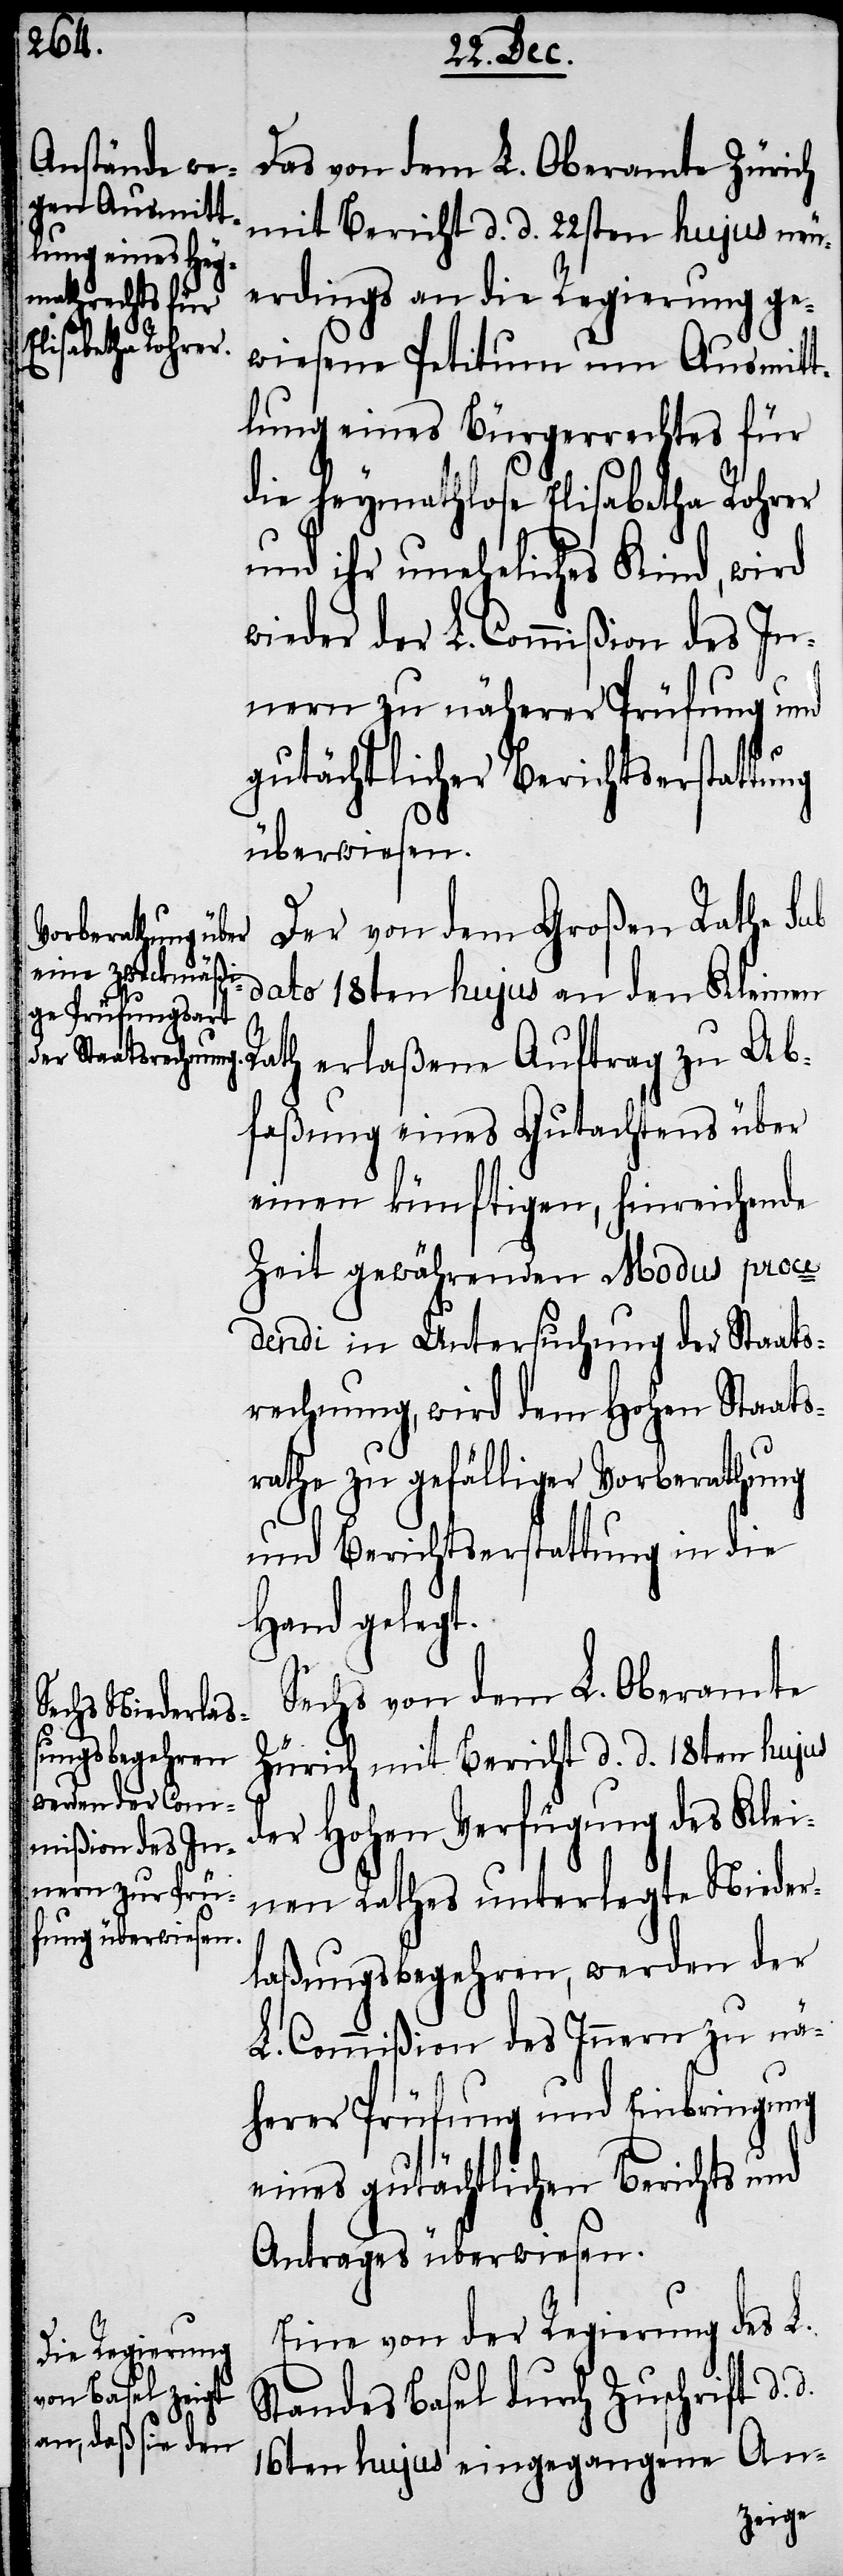
Das von dem L. Oberamte Zürich
mit Bericht d. d. 22sten hujus neu¬
erdings an die Regierung ge¬
wiesene Petitum um Ausmitt¬
lung eines Bürgerrechtes für
die heymathlose Elisabetha Rohrer
und ihr uneheliches Kind, wird
wieder der L. Commißion des In¬
nern zu näherer Prüfung und
gutächtlicher Berichtserstattung
überwiesen.
Der von dem Großen Rathe sub
dato 18ten hujus an den Kleinen
Rath erlaßene Auftrag zu Ab¬
faßung eines Gutachtens über
einen künftigen, hinreichende
Zeit gewährenden Modus proce¬
dendi in Untersuchung der Staats¬
rechnung, wird dem Hohen Staats¬
rathe zu gefälliger Vorberathung
und Berichtserstattung in die
Hand gelegt.
Sechs von dem L. Oberamte
Zürich mit Bericht d. d. 18ten hujus
der Hohen Verfügung des Klei¬
nen Rathes unterlegte Nieder¬
laßungsbegehren, werden der
L. Commißion des Innern zu nä¬
herer Prüfung und Einbringung
eines gutächtlichen Berichts und
Antrages überwiesen.
Eine von der Regierung des L.
Standes Basel durch Zuschrift d.
An-
16ten hujus eingegangene